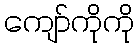
ကျော်ကိုကို